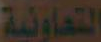
التعاونية